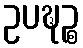
ဥပဍ္ဎဉ္စ